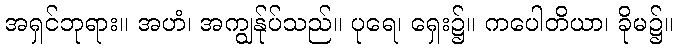
အရှင်ဘုရား။ အဟံ၊ အကျွန်ုပ်သည်။ ပုရေ၊ ရှေး၌။ ကပေါတိယာ၊ ခိုမ၌။